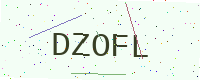
Text: DZOFL